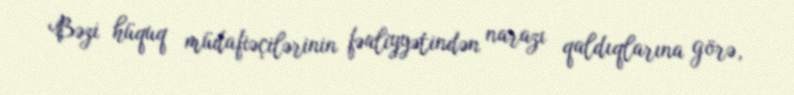
Bəzi hüquq müdafiəçilərinin fəaliyyətindən narazı qaldıqlarına görə,